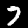
Label: 7